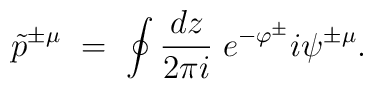
\tilde{p}^{\pm\mu}\ =\ \oint\frac{dz}{2\pi i}\;e^{-\varphi^{\pm}}i\psi^{\pm\mu}.